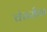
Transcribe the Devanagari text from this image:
चंचरीक